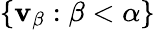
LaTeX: \lbrace\mathbf{v}_{\beta}:\beta<\alpha\rbrace